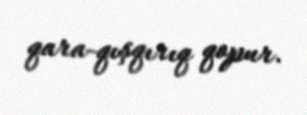
qara-qışqırıq qopur.